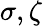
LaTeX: \sigma,\zeta